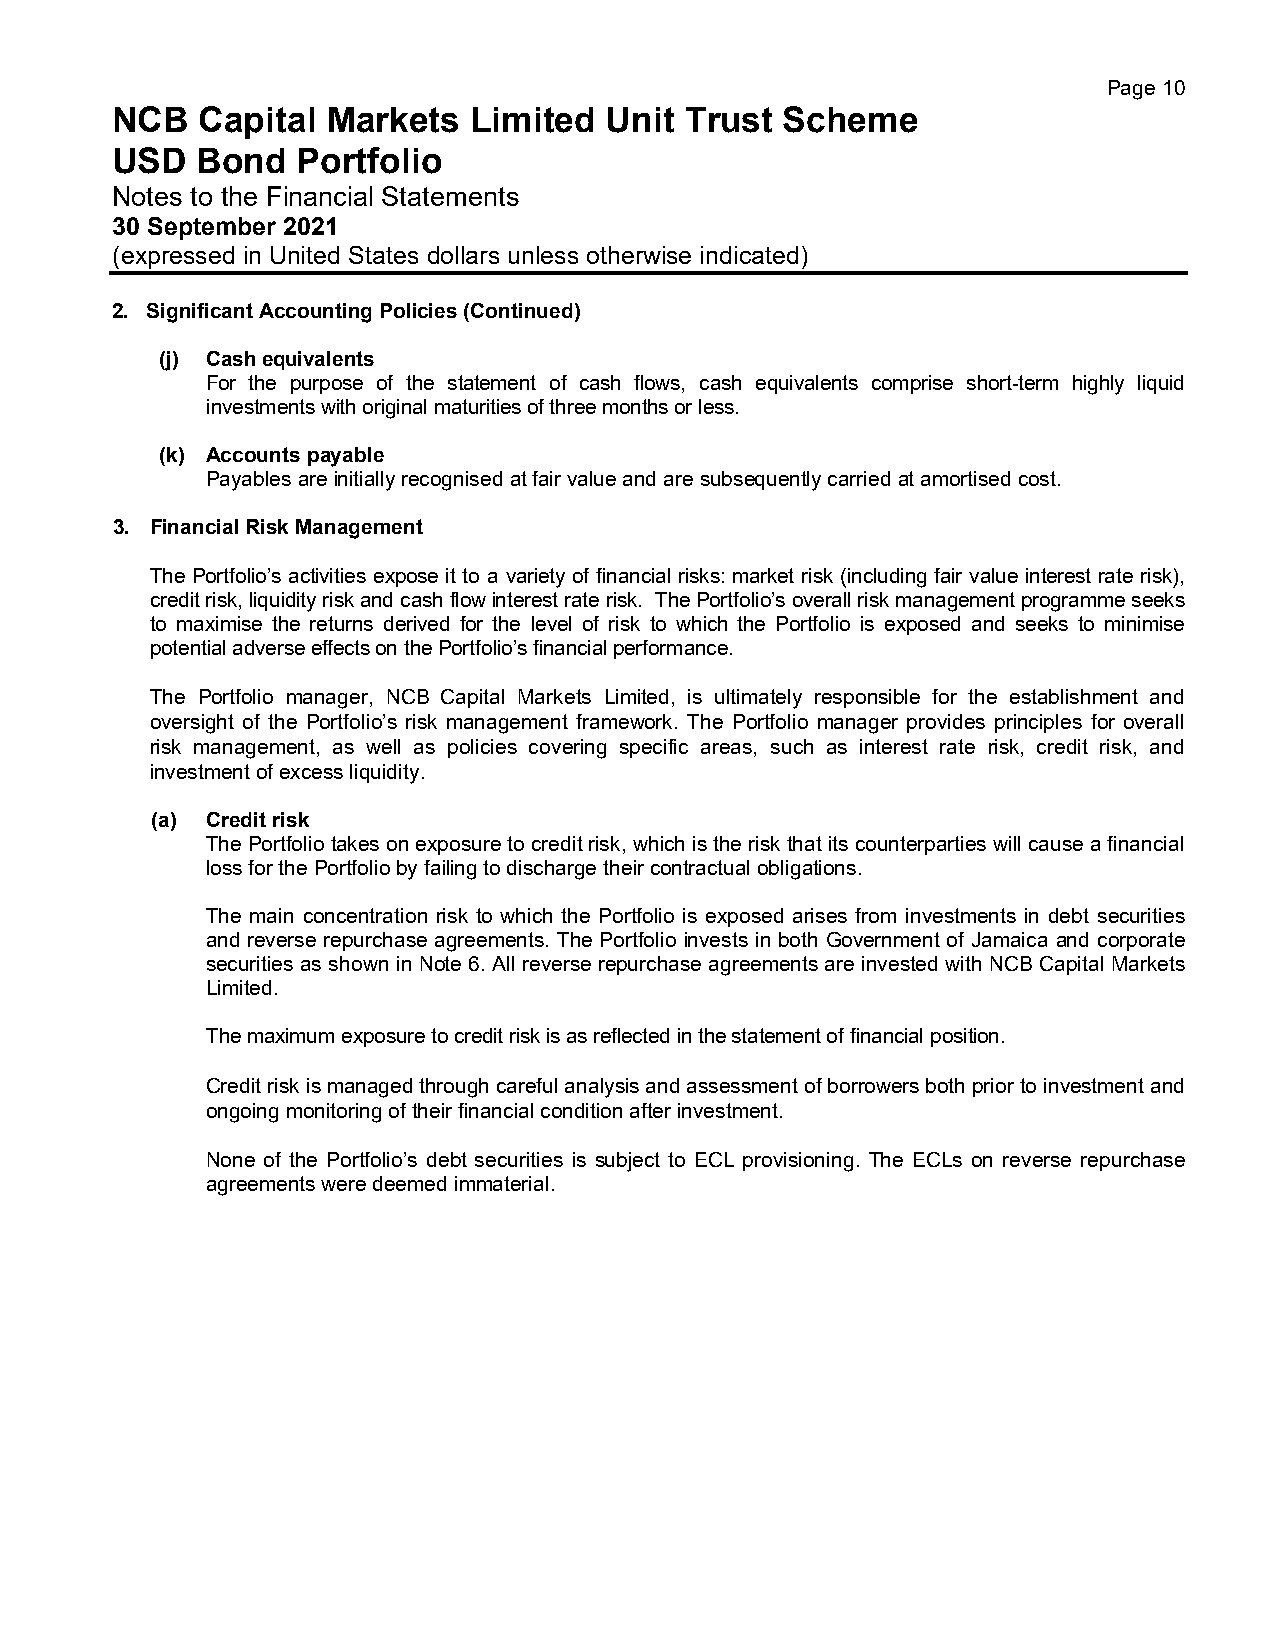
Page 10
 NCB   Capital  Markets  Limited  Unit Trust  Scheme
 USD   Bond   Portfolio
 Notes to the Financial Statements
 30 September 2021
 (expressed in United States dollars unless otherwise indicated)
 2. Significant Accounting Policies (Continued)
 (j) Cash equivalents
 For the purpose of the statement of cash flows, cash equivalents comprise short-term highly liquid
 investments with original maturities of three months or less.
 (k) Accounts payable
 Payables are initially recognised at fair value and are subsequently carried at amortised cost.
 3. Financial Risk Management
 The Portfolio’s activities expose it to a variety of financial risks: market risk (including fair value interest rate risk),
 credit risk, liquidity risk and cash flow interest rate risk. The Portfolio’s overall risk management programme seeks
 to maximise the returns derived for the level of risk to which the Portfolio is exposed and seeks to minimise
 potential adverse effects on the Portfolio’s financial performance.
 The Portfolio manager, NCB Capital Markets Limited, is ultimately responsible for the establishment and
 oversight of the Portfolio’s risk management framework. The Portfolio manager provides principles for overall
 risk management, as well as policies covering specific areas, such as interest rate risk, credit risk, and
 investment of excess liquidity.
 (a) Credit risk
 The Portfolio takes on exposure to credit risk, which is the risk that its counterparties will cause a financial
 loss for the Portfolio by failing to discharge their contractual obligations.
 The main concentration risk to which the Portfolio is exposed arises from investments in debt securities
 and reverse repurchase agreements. The Portfolio invests in both Government of Jamaica and corporate
 securities as shown in Note 6. All reverse repurchase agreements are invested with NCB Capital Markets
 Limited.
 The maximum exposure to credit risk is as reflected in the statement of financial position.
 Credit risk is managed through careful analysis and assessment of borrowers both prior to investment and
 ongoing monitoring of their financial condition after investment.
 None of the Portfolio’s debt securities is subject to ECL provisioning. The ECLs on reverse repurchase
 agreements were deemed immaterial.